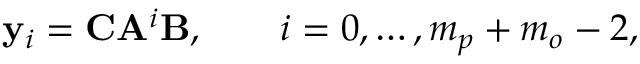
\mathbf { y } _ { i } = \mathbf { C } \mathbf { A } ^ { i } \mathbf { B } , \qquad i = 0 , \dots , m _ { p } + m _ { o } - 2 ,